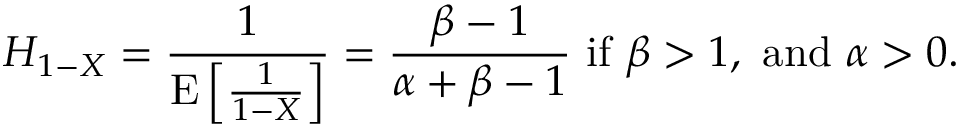
H _ { 1 - X } = { \frac { 1 } { \operatorname { E } \left[ { \frac { 1 } { 1 - X } } \right] } } = { \frac { \beta - 1 } { \alpha + \beta - 1 } } { \mathrm { ~ i f ~ } } \beta > 1 , { \mathrm { ~ a n d ~ } } \alpha > 0 .